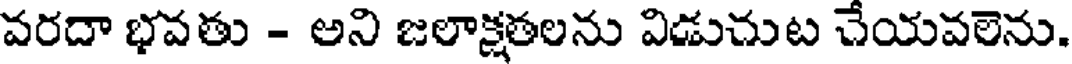
వరదా భవతు - అని జలాక్షతలను విడుచుట చేయవలెను.